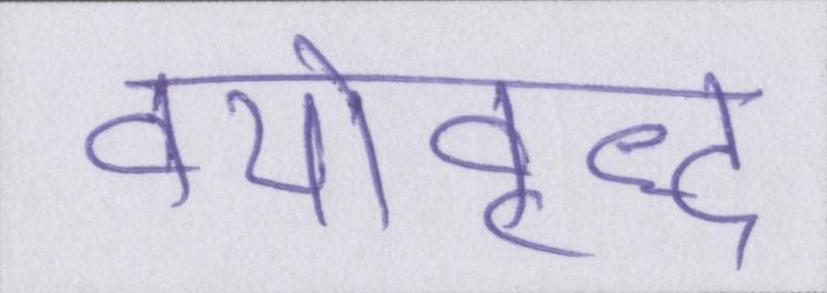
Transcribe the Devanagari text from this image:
वयोवृद्ध